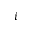
i